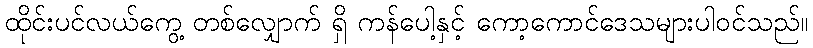
ထိုင်းပင်လယ်ကွေ့ တစ်လျှောက် ရှိ ကန်ပေါ့နှင့် ကော့ကောင်ဒေသများပါဝင်သည်။